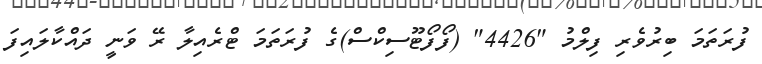
ފުރަތަމަ ބިރުވެރި ފިލްމު "4426" (ފޯފޯޓޫސިކްސް)ގެ ފުރަތަމަ ޓްރެއިލާ ރޭ ވަނީ ދައްކާލައިފަ